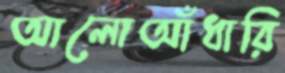
আলোআঁধারি